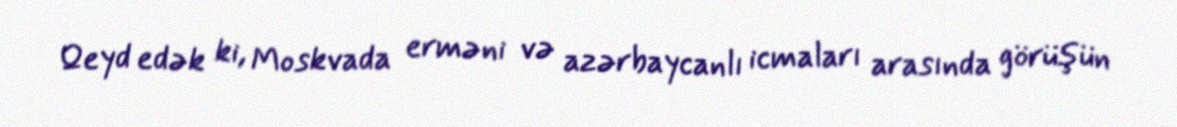
Qeyd edək ki, Moskvada erməni və azərbaycanlı icmaları arasında görüşün